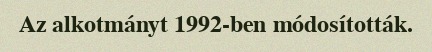
Az alkotmányt 1992-ben módosították.